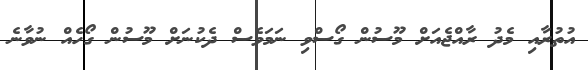
އުތުރާއި މެދު ރާއްޖެއަށް މޫސުން ގޯސްވި ނަމަވެސް ދެކުނަށް މޫސުން ގޯހެއް ނުވާނެ